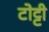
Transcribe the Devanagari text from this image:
टोट्टी